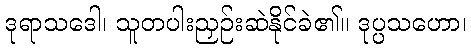
ဒုရာသဒေါ၊ သူတပါးညှဉ်းဆဲနိုင်ခဲ၏။ ဒုပ္ပသဟော၊